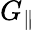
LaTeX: G_{\parallel}